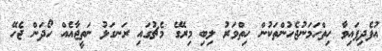
އުފެދިފައިވާ ހިތްހަމަނުޖެހުންތަކުން ހިތްވަރު ލިބި މިރޭގެ މެޗުގައި ރަނގަޅު ނަތީޖާއެއް ހޯދަން ޖެހޭ